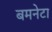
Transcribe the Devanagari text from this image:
बमनेटा